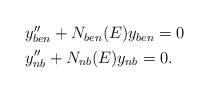
LaTeX: \begin{align*} \begin{aligned} & y''_{ben} +N_{ben}(E)y_{ben}=0 \\ & y''_{nb} +N_{nb}(E)y_{nb}=0.\end{aligned}\end{align*}